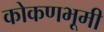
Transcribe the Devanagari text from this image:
कोकणभूमी